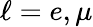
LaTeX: \ell=e,\mu